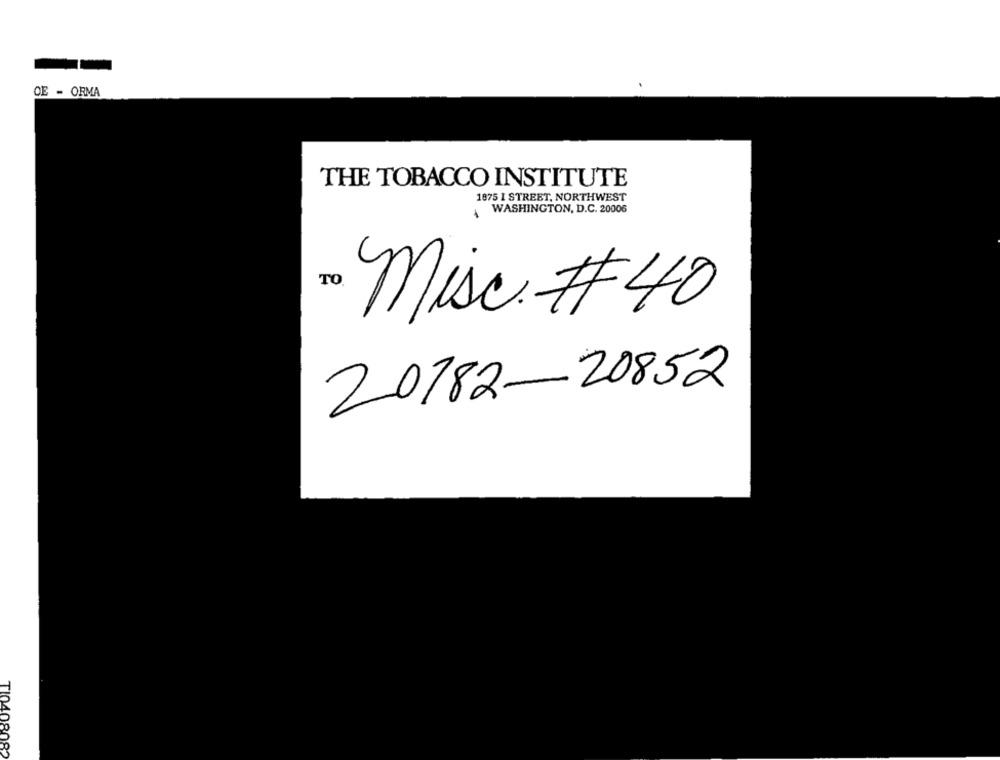
OE - ORMA
THE TOBACCO INSTITUTE
1875 I STREET, NORTHWEST
WASHINGTON, D.C. 20006
TO
Misc # 40
20182-20852
TI0408082